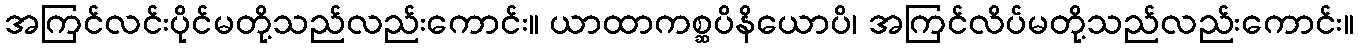
အကြင်လင်းပိုင်မတို့သည်လည်းကောင်း။ ယာထာကစ္ဆပိနိယောပိ၊ အကြင်လိပ်မတို့သည်လည်းကောင်း။